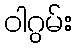
ဝါဂွမ်း